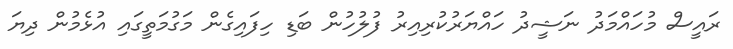
ރައީސް މުހައްމަދު ނަޝީދު ހައްޔަރުކުރިއިރު ފުލުހުން ބަޑި ހިފައިގެން މަގުމަތީގައި އުޅެމުން ދިޔަ